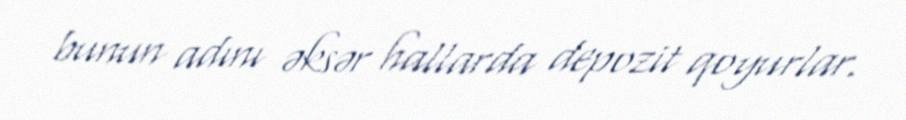
bunun adını əksər hallarda depozit qoyurlar.